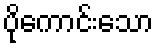
ပိုကောင်းသော